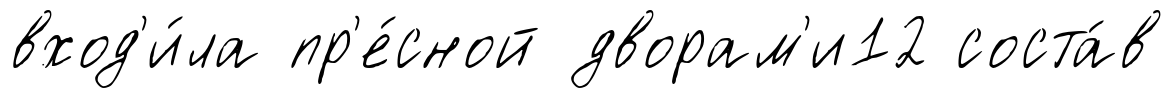
вход'и́ла пр'е́сной дворам'и12 соста́в